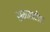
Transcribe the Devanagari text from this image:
समसदीन